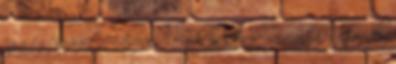
egy egész szotnia kozák ellenében. A mocsári úthoz egyedül